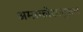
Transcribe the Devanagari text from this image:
अमरकोशानुसार